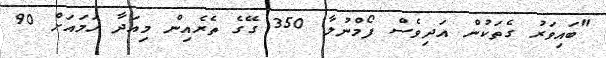
"ބައިވަރު ގެތަކުން އަދިވެސް ފޯމްނުލާ. 350 ގޭގެ ތެރެއިން މިއަދާ ހަމައަށް 90